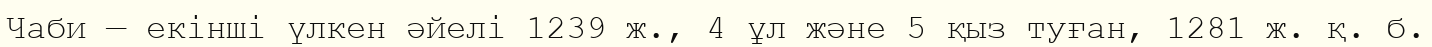
Чаби — екінші үлкен әйелі 1239 ж., 4 ұл және 5 қыз туған, 1281 ж. қ. б.